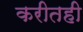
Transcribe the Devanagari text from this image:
करीतही